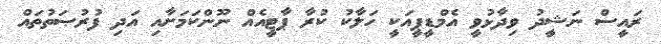
ރައީސް ނަޝީދު ވިދާޅުވީ އެމްޑީޕީއަކީ ހަލާކު ކުރާ ޕާޓީއެއް ނޫންކަމަށާއި އަދި ފުރުޞަތުތައް